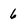
Character: 6